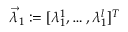
\vec { \lambda } _ { 1 } : = [ \lambda _ { 1 } ^ { 1 } , \dots , \lambda _ { 1 } ^ { l } ] ^ { T }